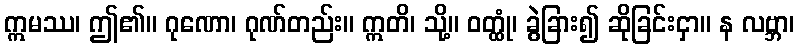
ဣမဿ၊ ဤ၏။ ဂုဏော၊ ဂုဏ်တည်း။ ဣတိ၊ သို့။ ဝတ္ထုံ၊ ခွဲခြား၍ ဆိုခြင်းငှာ။ န လဗ္ဘာ၊